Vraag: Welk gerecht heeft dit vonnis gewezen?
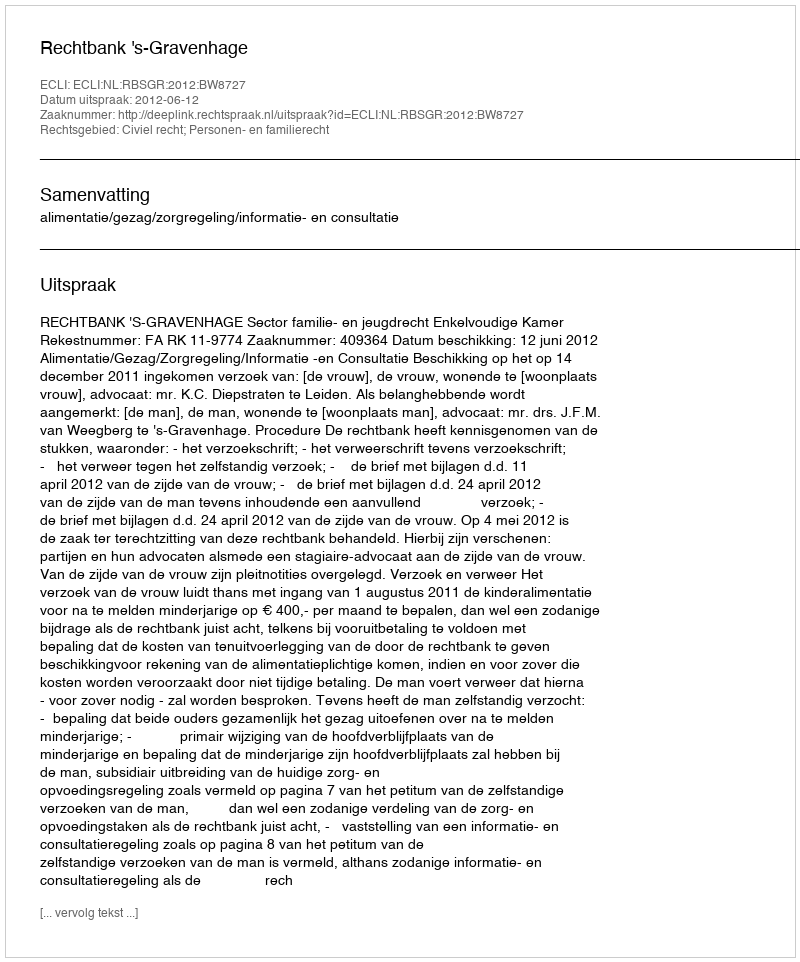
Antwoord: Rechtbank 's-Gravenhage